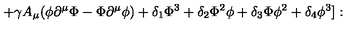
+ \gamma A _ { \mu } ( \phi \partial ^ { \mu } \Phi - \Phi \partial ^ { \mu } \phi ) + \delta _ { 1 } \Phi ^ { 3 } + \delta _ { 2 } \Phi ^ { 2 } \phi + \delta _ { 3 } \Phi \phi ^ { 2 } + \delta _ { 4 } \phi ^ { 3 } ] :